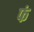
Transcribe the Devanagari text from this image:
फं